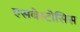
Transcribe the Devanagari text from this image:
एसबेस्टोसिस